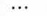
…